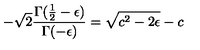
- \sqrt { 2 } \frac { \Gamma ( \frac { 1 } { 2 } - \epsilon ) } { \Gamma ( - \epsilon ) } = \sqrt { c ^ { 2 } - 2 \epsilon } - c